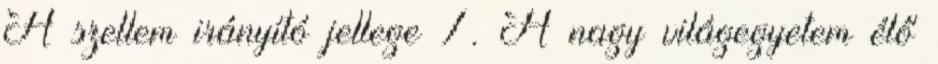
A szellem irányító jellege 7. A nagy világegyetem élő